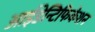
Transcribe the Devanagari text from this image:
आईडेन्टिफिकेशन